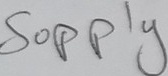
Text: Supply